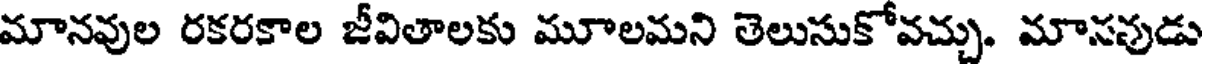
మానవుల రకరకాల జీవితాలకు మూలమని తెలుసుకోవచ్చు. మానవుడు